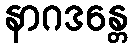
နာဂဒန္တေ